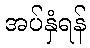
အပ်နှံရန်